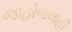
જાહોજલાહી